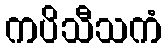
ကပိသီသကံ